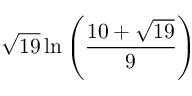
{ \sqrt { 1 9 } } \ln \left( { \frac { 1 0 + { \sqrt { 1 9 } } } { 9 } } \right)